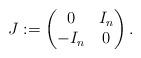
LaTeX: \begin{align*}J:=\begin{pmatrix}0 & I_{n} \\-I_{n} & 0\end{pmatrix}.\end{align*}